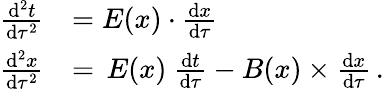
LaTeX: \begin{array}{rl}{\frac{\mathrm{d}^{2}t}{\mathrm{d}\tau^{2}}}&{=E(x)\cdot\frac{\mathrm{d}{x}}{\mathrm{d}\tau}}\\ {\frac{\mathrm{d}^{2}x}{\mathrm{d}\tau^{2}}}&{=\, E(x)\ \frac{\mathrm{d}t}{\mathrm{d}\tau}-B(x)\times\frac{\mathrm{d}{x}}{\mathrm{d}\tau}\, .}\end{array}